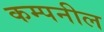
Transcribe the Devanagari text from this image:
कम्पनील